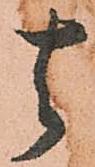
去